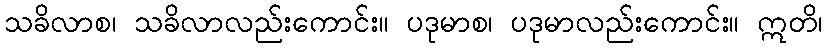
သခိလာစ၊ သခိလာလည်းကောင်း။ ပဒုမာစ၊ ပဒုမာလည်းကောင်း။ ဣတိ၊